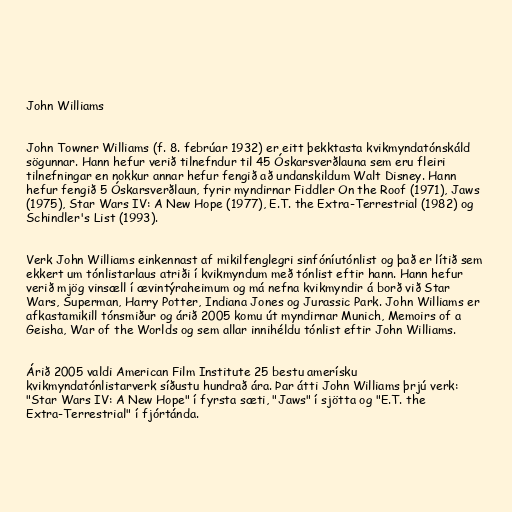
John Williams

John Towner Williams (f. 8. febrúar 1932) er eitt þekktasta kvikmyndatónskáld
sögunnar. Hann hefur verið tilnefndur til 45 Óskarsverðlauna sem eru fleiri
tilnefningar en nokkur annar hefur fengið að undanskildum Walt Disney. Hann
hefur fengið 5 Óskarsverðlaun, fyrir myndirnar Fiddler On the Roof (1971), Jaws
(1975), Star Wars IV: A New Hope (1977), E.T. the Extra-Terrestrial (1982) og
Schindler's List (1993).

Verk John Williams einkennast af mikilfenglegri sinfóníutónlist og það er lítið sem
ekkert um tónlistarlaus atriði í kvikmyndum með tónlist eftir hann. Hann hefur
verið mjög vinsæll í ævintýraheimum og má nefna kvikmyndir á borð við Star
Wars, Superman, Harry Potter, Indiana Jones og Jurassic Park. John Williams er
afkastamikill tónsmiður og árið 2005 komu út myndirnar Munich, Memoirs of a
Geisha, War of the Worlds og sem allar innihéldu tónlist eftir John Williams.

Árið 2005 valdi American Film Institute 25 bestu amerísku
kvikmyndatónlistarverk síðustu hundrað ára. Þar átti John Williams þrjú verk:
"Star Wars IV: A New Hope" í fyrsta sæti, "Jaws" í sjötta og "E.T. the
Extra-Terrestrial" í fjórtánda.